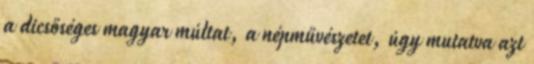
a dicsőséges magyar múltat, a népművészetet, úgy mutatva azt